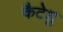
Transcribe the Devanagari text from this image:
कैटेशु